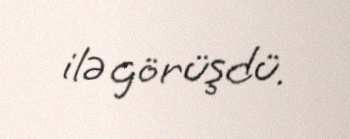
ilə görüşdü.